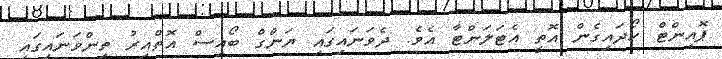
ޕޮއިންޓް ހޯދައިގެން އޮތީ އެޓަލަންޓާ އެވެ. ދެވަނައިގައި ޔަންގް ބޯއިސް އޮތްއިރު ތިންވަނައިގައި